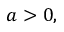
a > 0 ,